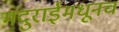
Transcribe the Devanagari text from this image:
मदुराईमधूनच